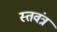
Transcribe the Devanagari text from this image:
स्तवंत्र